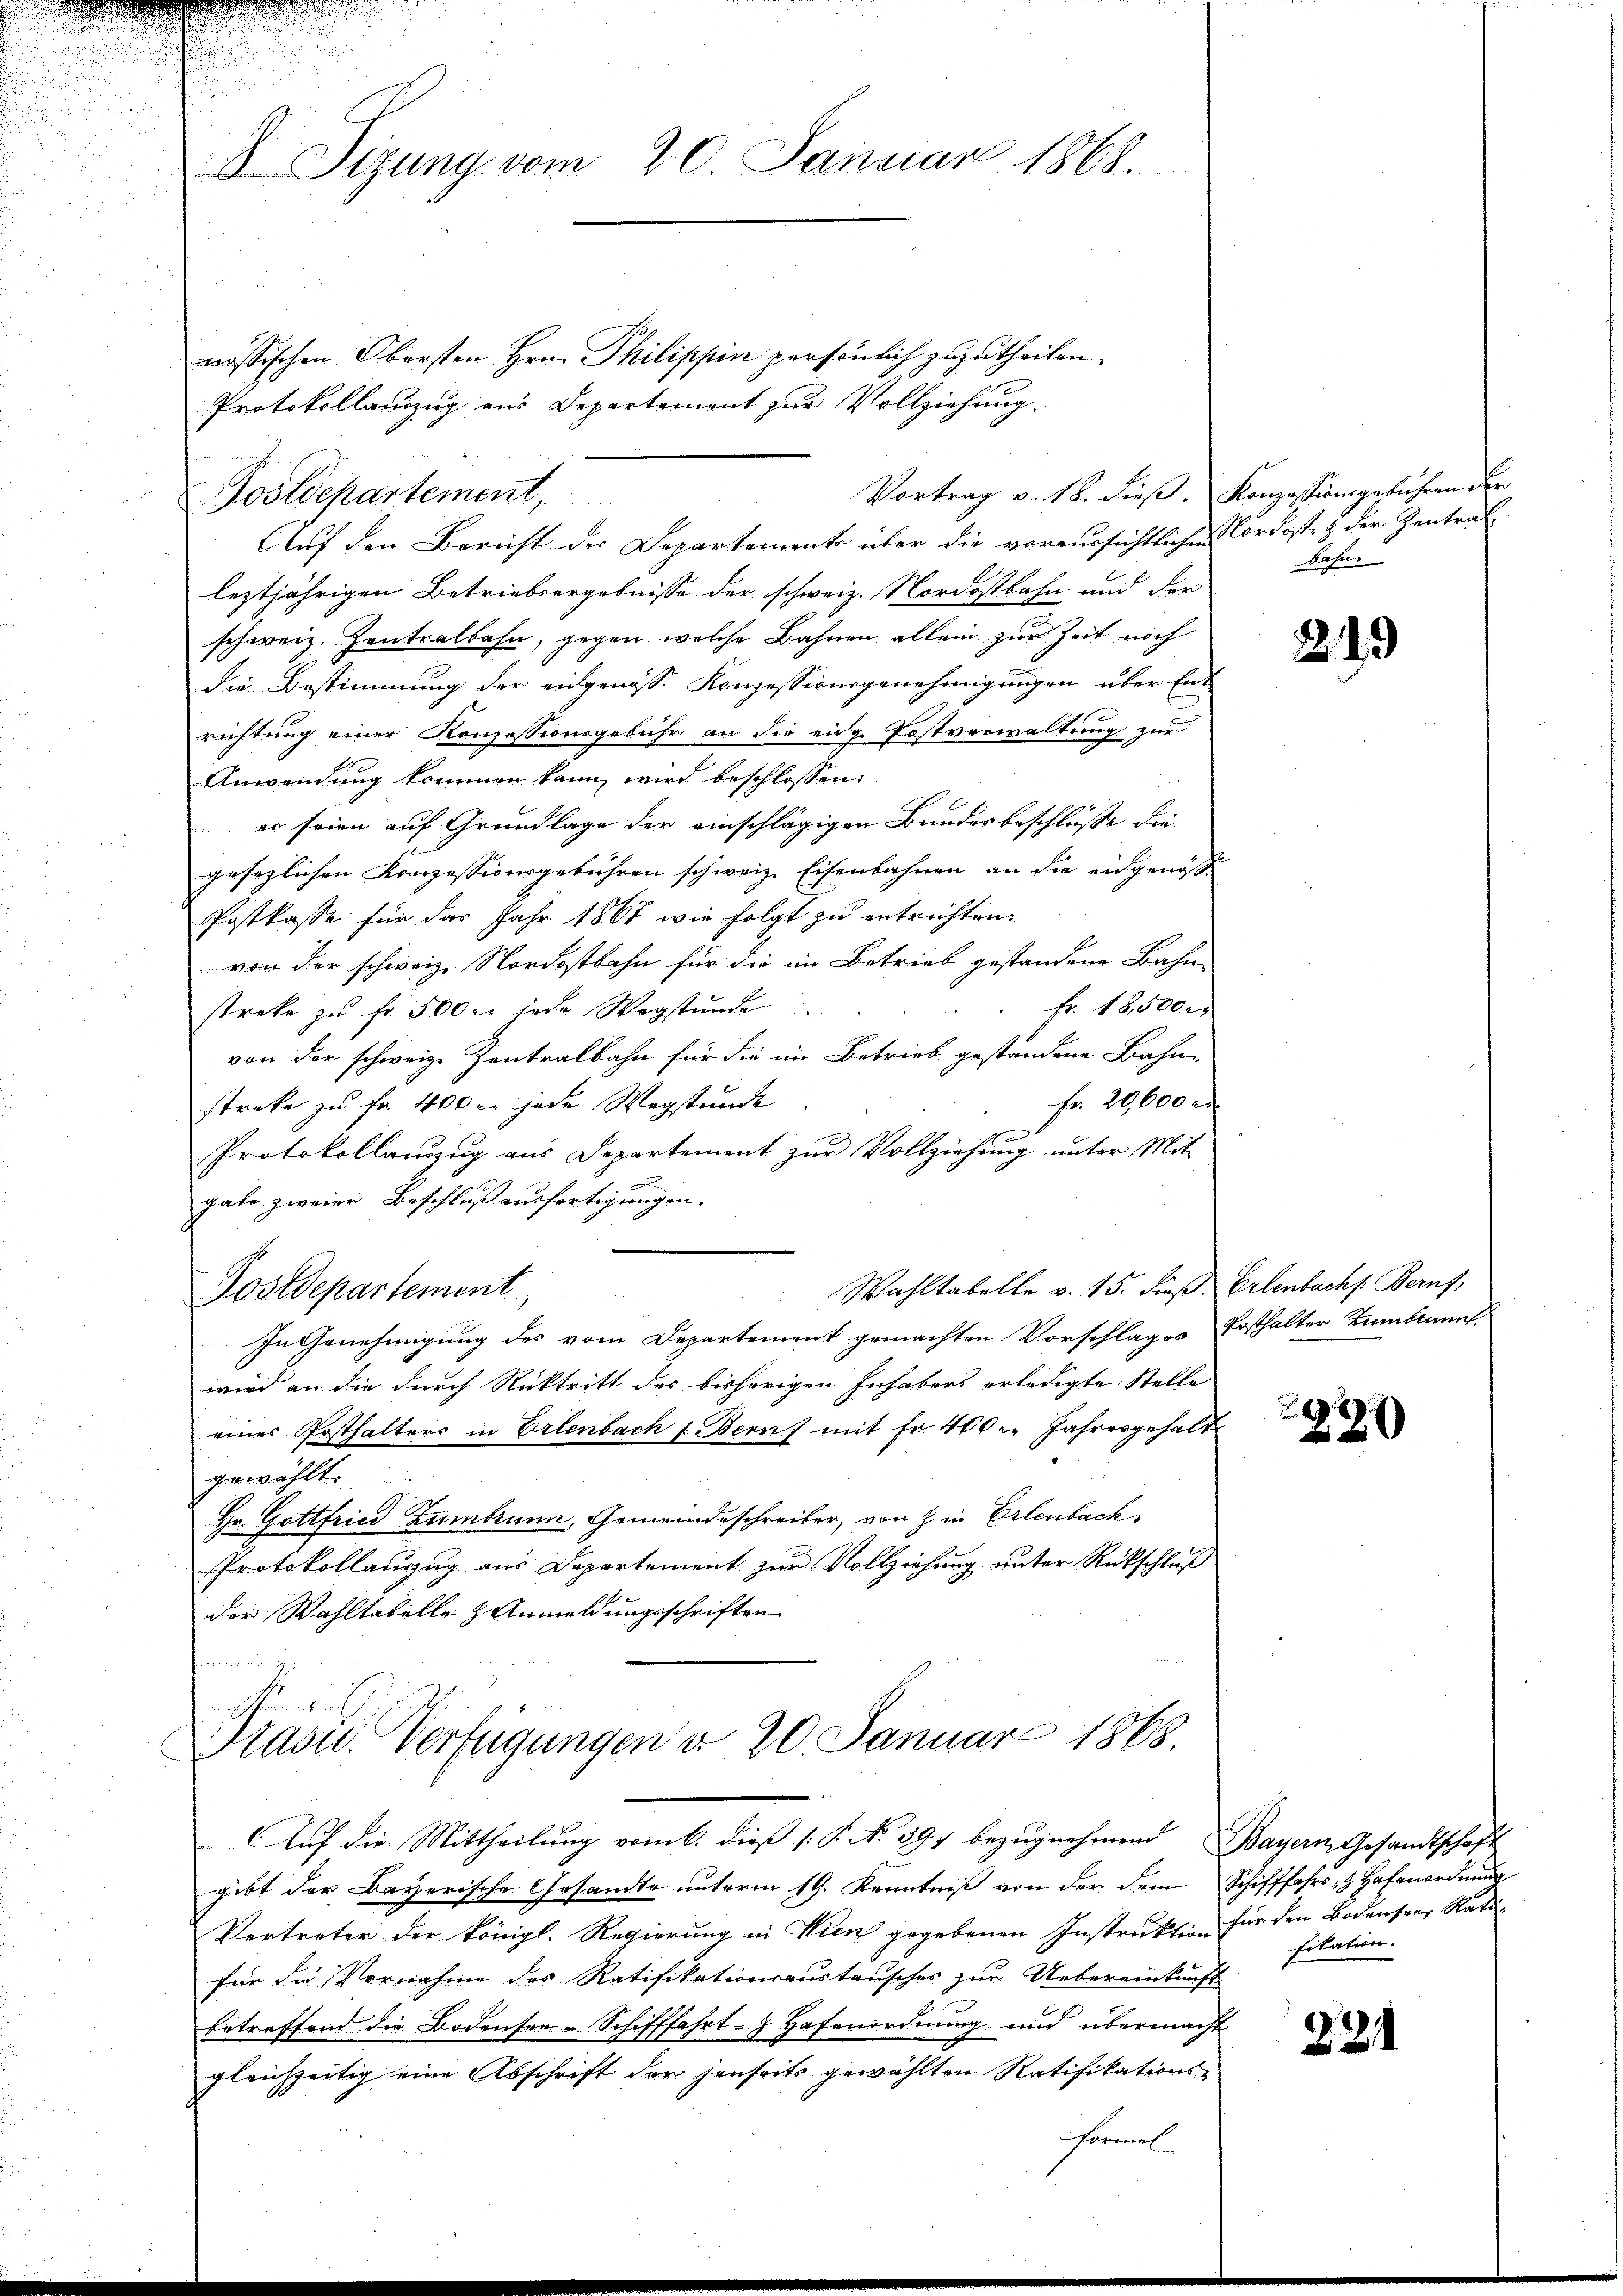
D Sizung vom 20. Januar 1868

Postdekartement,

nössischen Obersten Hrn. Philippin persönlich zuzutheilen.
Protokollauszug aus Departement zur Vollziehung.

Auf den Bericht des Departements über die voraussichtlichen Cordost & der Zentrat
leztjährigen Betriebsergebnisse der schweiz. Nordostbahn und der
schweiz. Zentralbahn, gegen welche Bahnen allein zur Zeit noch
die Bestimmung der eidgenöss. Konzessionsgenehmigungen über Ent
richtung einer Konzessionsgebühr an die eige Postverwaltung zur
Anwendung kommen kann, wird beschlossen:
er seien auf Grundlage der einschlägigen Bundesbeschlüsse die
gesezlichen Konzessionsgebühren schweiz. Eisenbahnen an die eingenosse
Postkasse für das Jahr 1867 wie folgt zu entrichten.
von der schweize Nordostbahn für die im Betrieb gestandene Bahn
Fr. 18,500
streke zu fr. 500 er jede Wegstunde
von der schweize Zentralbahn für die im Betrieb gestandene Bahn-
fr. 20,000 M.
streke zu Fr. 400 l. jede Wegstunde
Protokollanzug aus Departement zur Vollziehung unter Mit
gabe zweier Beschluß ausfertigungen.
Wahltabelle v. 15. Fuß. Erlenbach Beruf,
Postdepartement,
In Genehmigung des vom Departement gemachten Vorschlages Posthalter Tambiunt.
wird an die durch Rücktritt des bisherigen Inhabers erledigte Stelle
eines Posthalters in Erlenbach 1. Bern mit fr. 400 l. Jahresgehalt
gewählt.
Hr. Gottfried Zumbrunn, Gemeindeschreiber, von 8 in Erlenbach
Protokollanzug aus Departement zur Vollziehung unter Rückschluß
der Wahltabelle 3 Anmeldungsschriften

Prägu. Verfügungen d. 20. Januar 1868.
Auf die Mittheilung vom 6. dieß P. No. 397 bezugnahmend Bayern Gesandtschaft

Vertreter der königl. Regierung in Wien gegebenen Instruktion für den Bodensrer Ratifür die Vornahme des Ratifikationsaustausches zur Uebereinkunft
betreffend die Bodensee-Schifffahrt- J. Hafenordnung und übermacht
gleichzeitig eine Abschrift der jenseits gewählten Ratifikationsformel

gibt der Bayerische Gesandte unterm 19. Kenntniß von der dem Schifffahrs, Hafenordnung

Vortrag v. 18. dieß. Konzessionsgeführen der
bahn.

2

1

2227)

fikation

324